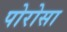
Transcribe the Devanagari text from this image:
पोरोसा